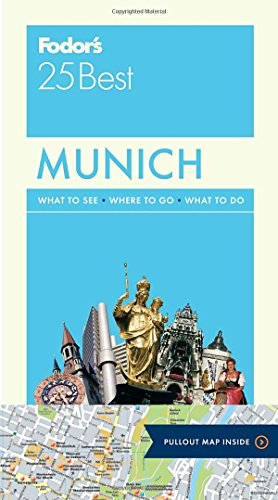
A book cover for Fodor's Munich 25 Best (Full-color Travel Guide); Fodor's; Travel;